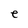
Character: e